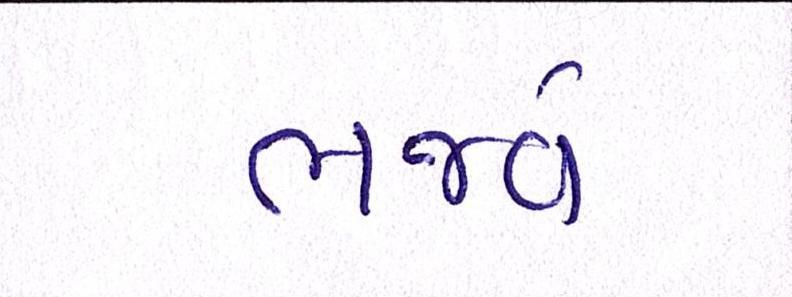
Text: ભજવે